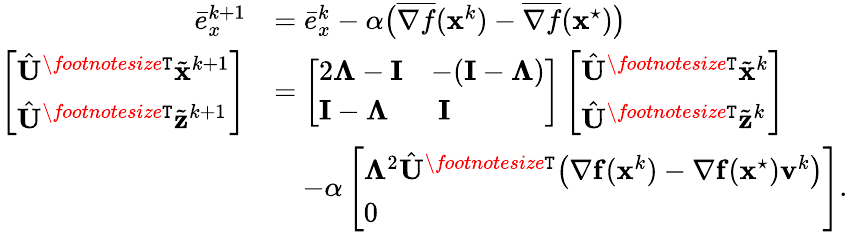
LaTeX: \begin{array}{rl}{\bar{e}_{x}^{k+1}}&{=\bar{e}_{x}^{k}-\alpha\big(\overline{{{\nabla}f}}({\mathbf{x}}^{k})-\overline{{{\nabla}f}}({\mathbf{x}}^{\star})\big)}\\ {\left[\begin{array}{l}{\hat{{\mathbf{U}}}^{\textit{\footnotesize\texttt{T}}}\tilde{{\mathbf{x}}}^{k+1}}\\ {\hat{{\mathbf{U}}}^{\textit{\footnotesize\texttt{T}}}\tilde{{\mathbf{z}}}^{k+1}}\end{array}\right]}&{=\left[\begin{array}{ll}{2\mathbf{\Lambda}-{\mathbf{I}}}&{-({\mathbf{I}}-\mathbf{\Lambda})}\\ {{\mathbf{I}}-\mathbf{\Lambda}}&{~{\mathbf{I}}}\end{array}\right]\left[\begin{array}{l}{\hat{{\mathbf{U}}}^{\textit{\footnotesize\texttt{T}}}\tilde{{\mathbf{x}}}^{k}}\\ {\hat{{\mathbf{U}}}^{\textit{\footnotesize\texttt{T}}}\tilde{{\mathbf{z}}}^{k}}\end{array}\right]}\\ &{\quad-\alpha\left[\begin{array}{l}{\mathbf{\Lambda}^{2}\hat{{\mathbf{U}}}^{\textit{\footnotesize\texttt{T}}}\big({\nabla}\mathbf{f}(\mathbf{x}^{k})-{\nabla}{\mathbf{f}}({\mathbf{x}}^{\star}){\mathbf{v}}^{k}\big)}\\ {0}\end{array}\right].}\end{array}